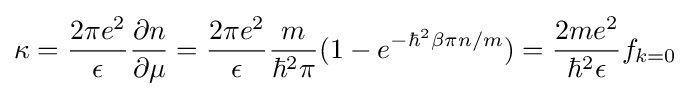
\kappa ={\frac {2\pi e^{2}}{\epsilon }}{\frac {\partial n}{\partial \mu }}={\frac {2\pi e^{2}}{\epsilon }}{\frac {m}{\hbar ^{2}\pi }}(1-e^{-\hbar ^{2}\beta \pi n/m})={\frac {2me^{2}}{\hbar ^{2}\epsilon }}f_{k=0}